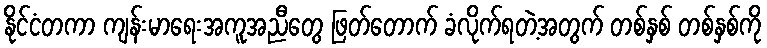
နိုင်ငံတကာ ကျန်းမာရေးအကူအညီတွေ ဖြတ်တောက် ခံလိုက်ရတဲ့အတွက် တစ်နှစ် တစ်နှစ်ကို